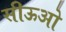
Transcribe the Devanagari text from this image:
सीऊओ